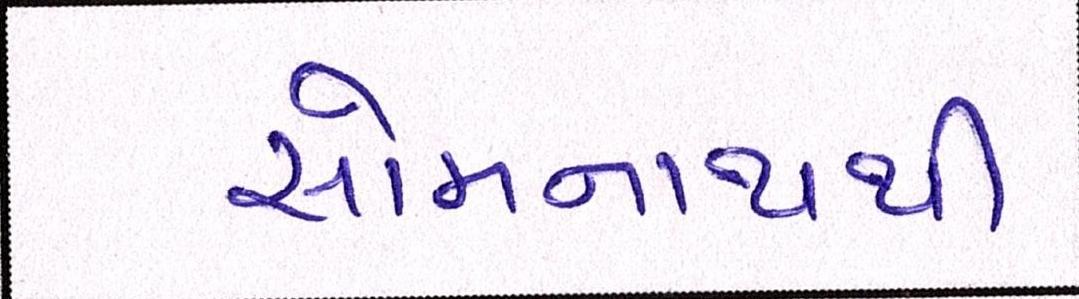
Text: સોમનાથથી